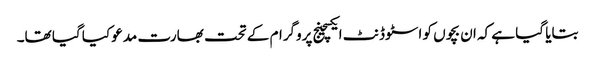
بتایا گیا ہے کہ ان بچوں کو اسٹوڈنٹ ایکسچینج پروگرام کے تحت بھارت مدعو کیا گیا تھا۔